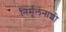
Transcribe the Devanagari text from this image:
निर्मूलनाशी